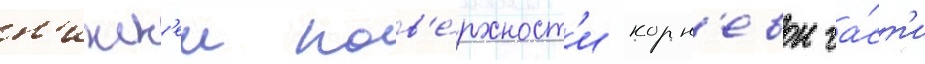
н'ижн'еи пов'е́рхност'и корн'евои ча́ст'и